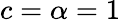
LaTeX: c=\alpha=1